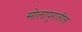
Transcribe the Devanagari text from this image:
सोलापूरातील